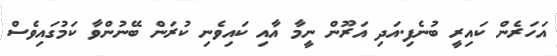
އަހަރެން ކައިރީ ބުނެފި.އަދި އަރޫން ނީމާ އާއި ކައިވެނި ކުރަން ބޭނުންވާ ކަމުގައިވެސް